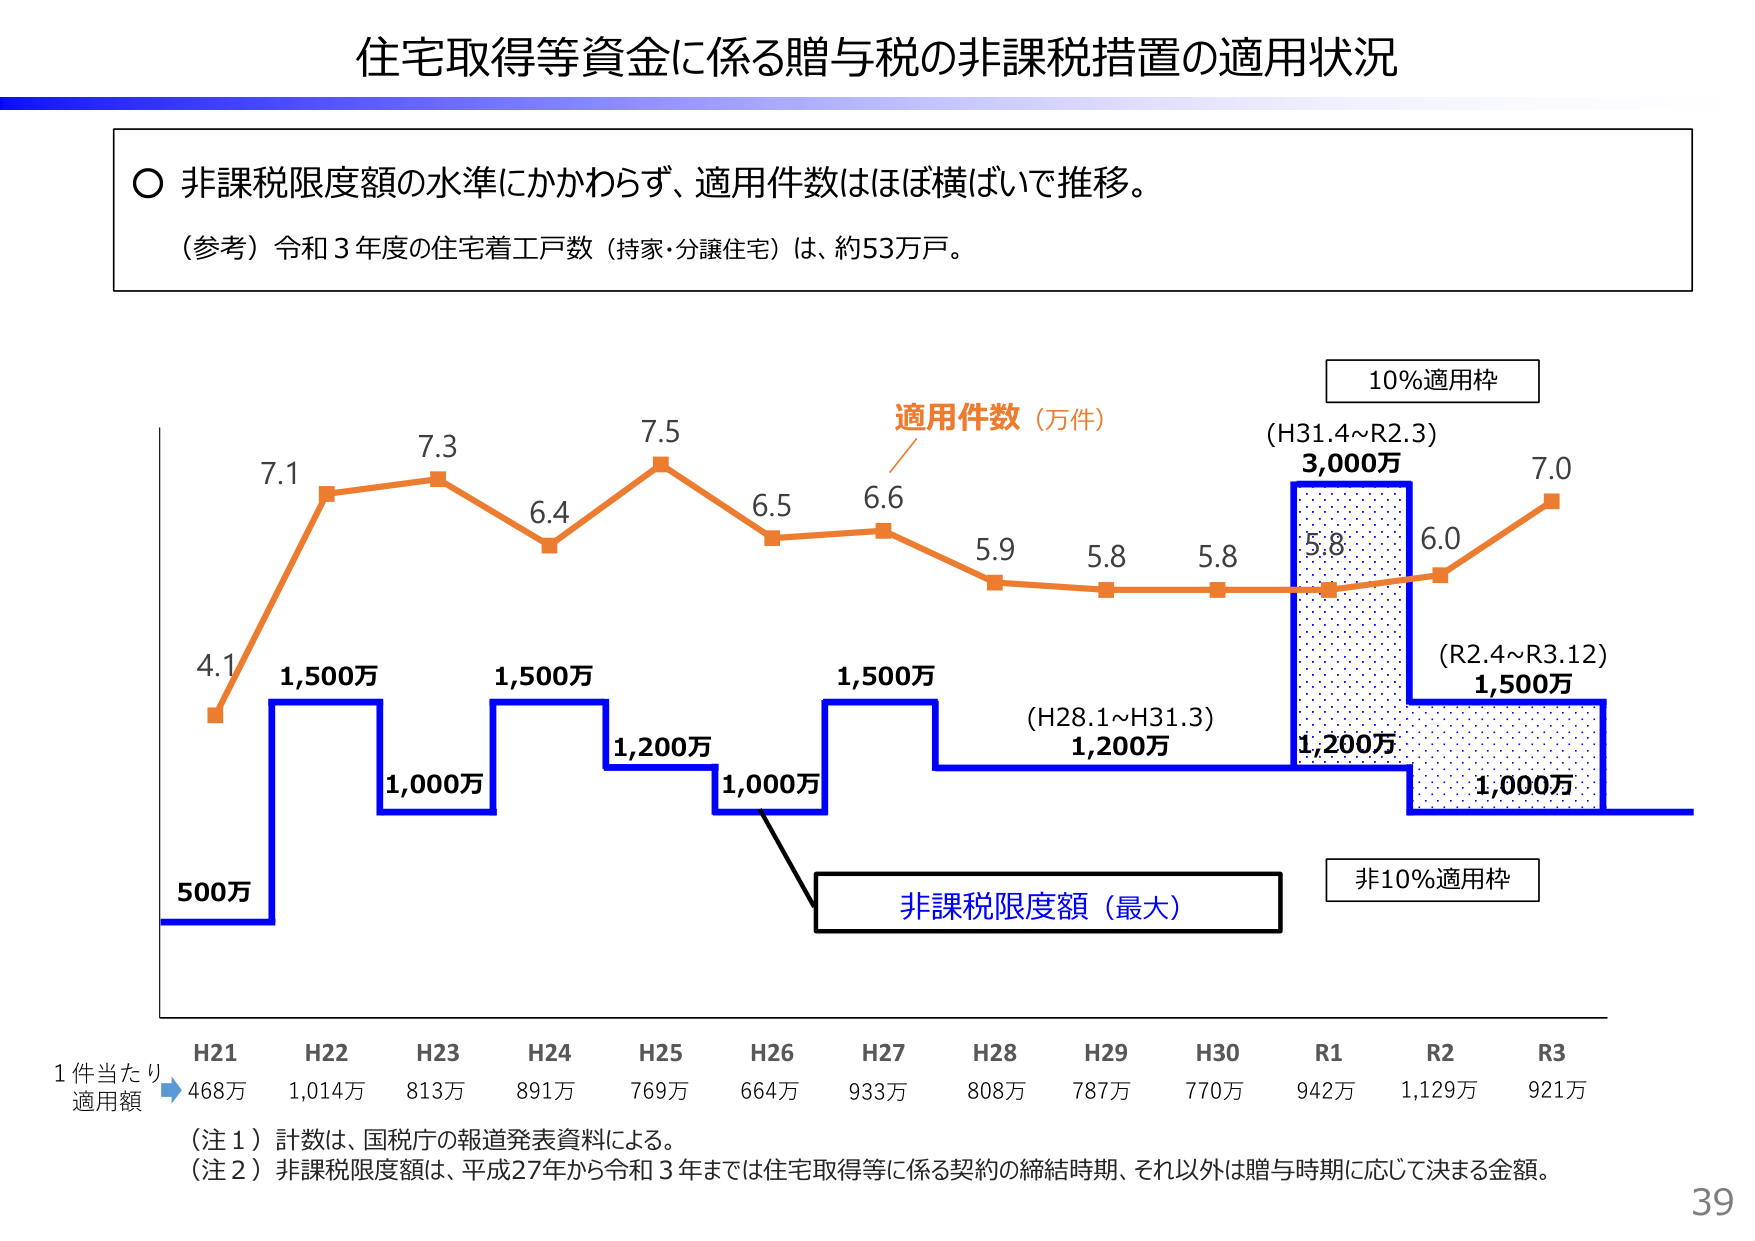
住宅取得等資金に係る贈与税の非課税措置の適用状況

○ 非課税限度額の水準にかかわらず、適用件数はほぼ横ばいで推移。
（参考）令和３年度の住宅着工戸数（持家・分譲住宅）は、約53万戸。

適用件数（万件）
4.1 7.1 7.3 6.4 7.5 6.5 6.6 5.9 5.8 5.8 5.8 6.0 7.0

10%適用枠
(H31.4～R2.3)
3,000万

非10%適用枠
(R2.4～R3.12)
1,500万

非課税限度額（最大）
500万
1,500万
1,000万
1,500万
1,200万
1,000万
1,500万
(H28.1～H31.3)
1,200万
1,200万
1,000万

1件当たり
適用額
H21 468万
H22 1,014万
H23 813万
H24 891万
H25 769万
H26 664万
H27 933万
H28 808万
H29 787万
H30 770万
R1 942万
R2 1,129万
R3 921万

（注１）計数は、国税庁の報道発表資料による。
（注２）非課税限度額は、平成27年から令和３年までは住宅取得等に係る契約の締結時期、それ以外は贈与時期に応じて決まる金額。

39